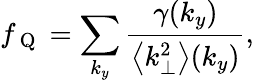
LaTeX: f_{\mathrm{~Q~}}=\sum_{k_{y}}\frac{\gamma(k_{y})}{\left<k_{\perp}^{2}\right>(k_{y})},